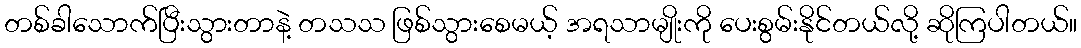
တစ်ခါသောက်ပြီးသွားတာနဲ့ တသသ ဖြစ်သွားစေမယ့် အရသာမျိုးကို ပေးစွမ်းနိုင်တယ်လို့ ဆိုကြပါတယ်။